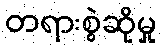
တရားစွဲဆိုမှု